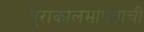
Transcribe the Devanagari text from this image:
पुराकालमापनाची